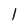
Character: 1